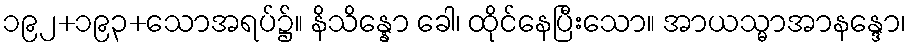
၁၉၂+၁၉၃+သောအရပ်၌။ နိသိန္နော ခေါ၊ ထိုင်နေပြီးသော။ အာယသ္မာအာနန္ဒော၊